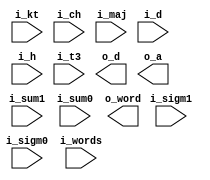
module sha_adder(i_kt, i_ch, i_sum1, i_sum0, i_sigm1, i_sigm0, i_maj, i_d, i_h, i_words, i_t3, o_d, o_a, o_word);
    parameter SKIP_REORDER = 0;
    input [31:0] i_t3;
    input [31:0] i_kt;
    input [31:0] i_ch;
    input [31:0] i_sum1;
    input [31:0] i_sum0;
    input [31:0] i_sigm1;
    input [31:0] i_sigm0;
    input [31:0] i_maj;
    input [31:0] i_d;
    input [31:0] i_h;
    input [511:0] i_words;
    output [31:0] o_d;
    output [31:0] o_a;
    output [31:0] o_word;

    `ifdef REORDER
    /* use precalculation for T3 */
        
        `ifdef RTL_ADD
            /* t3 is precalculated */

            assign o_d = i_d + i_sum1 + i_ch + i_t3;
            assign o_a = i_sum0 + i_maj + i_sum1 + i_ch + i_t3;

            assign o_word = i_sigm1+ i_words[`IDX32(6)]+ i_sigm0 + i_words[`IDX32(15)];
        `endif

    `ifdef ALTERA_PAR_MF
        par_add_4	par_add_4_inst (
                                    .data0x (i_d),
                                    .data1x (i_sum1),
                                    .data2x (i_ch),
                                    .data3x (i_t3),
                                    .result (o_d)
                                    );

        par_add_6	par_add_6_inst (
                                    .data0x (i_sum0),
                                    .data1x (i_maj),
                                    .data2x (i_sum1),
                                    .data3x (i_ch),
                                    .data4x (i_t3),
                                    .data5x (32'd0),
                                    .result (o_a)
                                    );

        par_add_4	par_add_42_inst (
                                    .data0x (i_sigm1),
                                    .data1x (i_words[`IDX32(6)]),
                                    .data2x (i_sigm0),
                                    .data3x (i_words[`IDX32(15)]),
                                    .result (o_word)
                                    );
    `endif

    `ifdef CSATREE_ADD
        wire [31:0] o_cn1, o_cn2, o_cn3, o_sn1, o_sn2, o_sn3;
        
        reduce7to2_nbit #(32) inst1(i_sum0, i_maj, i_sum1, i_ch, i_t3, 32'd0, 32'd0, o_cn2, o_sn2); // o_a
        reduce7to2_nbit #(32) inst2(i_d, i_sum1, i_ch, i_t3, 32'd0, 32'd0, 32'd0, o_cn1, o_sn1);    // o_d
        reduce7to2_nbit #(32) inst3(i_sigm1, i_words[`IDX32(6)], i_sigm0, i_words[`IDX32(15)], 32'd0, 32'd0, 32'd0, o_cn3, o_sn3); //o_word

        assign o_a = o_cn2 + o_sn2;
        assign o_d = o_cn1 + o_sn1;
        assign o_word = o_cn3 + o_sn3;

    `endif

    `ifdef SIMPLE_ADD

        wire carryo1, carryo2, carryo3, carryo4, carryo5, carryo6, carryo8, carryo9, carryo10, carryo11, carryo12;
        wire [31:0] adder_wire_d_sum1, adder_wire_ch_t3, add_ch_t3_maj_sum0, adder_wire_word_1, adder_wire_word_2, addw_maj_sum0;

        adder_32b_param st1_kt_ch (i_d, i_sum1, 1'b0, carryo1, adder_wire_d_sum1);
        adder_32b_param st1_sum_wt (i_ch, i_t3, 1'b0, carryo2, adder_wire_ch_t3);
        adder_32b_param st2_maj_sum0 (i_maj, i_sum0, 1'b0, carryo11, addw_maj_sum0);

        adder_32b_param st2_maj_sum1 (adder_wire_ch_t3, addw_maj_sum0, 1'b0, carryo11, add_ch_t3_maj_sum0);
        adder_32b_param st2_maj_sum2 (add_ch_t3_maj_sum0, i_sum0, 1'b0, carryo11, o_a);

        adder_32b_param st2_all (adder_wire_ch_t3, adder_wire_d_sum1, 1'b0, carryo5, o_d);

        adder_32b_param inst_word_sigm1_rx_word (i_sigm1, i_words[`IDX32(6)], 1'b0, carryo8, adder_wire_word_1);
        adder_32b_param inst_word_prev_sigm0 (adder_wire_word_1, i_sigm0, 1'b0, carryo9, adder_wire_word_2);
        adder_32b_param inst_word_prev_words (adder_wire_word_2, i_words[`IDX32(15)], 1'b0, carryo10, o_word);	

    `endif
    `else
        `ifdef MULTI_REORDER
            generate if (SKIP_REORDER==0) begin
                            `ifdef RTL_ADD
                                /* t3 is precalculated */

                                assign o_d = i_d + i_sum1 + i_ch + i_t3;
                                assign o_a = i_sum0 + i_maj + i_sum1 + i_ch + i_t3;

                                assign o_word = i_sigm1+ i_words[`IDX32(6)]+ i_sigm0 + i_words[`IDX32(15)];
                            `endif

                            `ifdef ALTERA_PAR_MF
                                par_add_4	par_add_4_inst (
                                                            .data0x (i_d),
                                                            .data1x (i_sum1),
                                                            .data2x (i_ch),
                                                            .data3x (i_t3),
                                                            .result (o_d)
                                                            );

                                par_add_6	par_add_6_inst (
                                                            .data0x (i_sum0),
                                                            .data1x (i_maj),
                                                            .data2x (i_sum1),
                                                            .data3x (i_ch),
                                                            .data4x (i_t3),
                                                            .data5x (32'd0),
                                                            .result (o_a)
                                                            );

                                par_add_4	par_add_42_inst (
                                                            .data0x (i_sigm1),
                                                            .data1x (i_words[`IDX32(6)]),
                                                            .data2x (i_sigm0),
                                                            .data3x (i_words[`IDX32(15)]),
                                                            .result (o_word)
                                                            );
                            `endif

                            `ifdef CSATREE_ADD
                                wire [31:0] o_cn1, o_cn2, o_cn3, o_sn1, o_sn2, o_sn3;
                                
                                reduce7to2_nbit #(32) inst1(i_sum0, i_maj, i_sum1, i_ch, i_t3, 32'd0, 32'd0, o_cn2, o_sn2); // o_a
                                reduce7to2_nbit #(32) inst2(i_d, i_sum1, i_ch, i_t3, 32'd0, 32'd0, 32'd0, o_cn1, o_sn1);    // o_d
                                reduce7to2_nbit #(32) inst3(i_sigm1, i_words[`IDX32(6)], i_sigm0, i_words[`IDX32(15)], 32'd0, 32'd0, 32'd0, o_cn3, o_sn3); //o_word

                                assign o_a = o_cn2 + o_sn2;
                                assign o_d = o_cn1 + o_sn1;
                                assign o_word = o_cn3 + o_sn3;

                            `endif
            end else begin
                                                    `ifdef RTL_ADD
                                                        assign o_a = i_h + i_sum1 + i_ch + i_kt + i_words[`IDX32(15)] + i_sum0 + i_maj;
                                                        assign o_d = i_h + i_sum1 + i_ch + i_kt + i_words[`IDX32(15)] + i_d;
                                                        assign o_word = i_sigm1+ i_words[`IDX32(6)]+ i_sigm0+ i_words[`IDX32(15)];
                                                    `endif

                                                    `ifdef CSATREE_ADD
                                                        wire [31:0] o_cn1, o_cn2, o_cn3, o_sn1, o_sn2, o_sn3;
                                                        `ifdef MIXED_CSA
                                                        
                                                            reduce5to2_nbit #(32) inst1(i_h, i_sum1, i_ch, i_kt, i_words[`IDX32(15)], o_cn1, o_sn1);
                                                            reduce4to2_nbit #(32) inst3(i_sigm1, i_words[`IDX32(6)], i_sigm0, i_words[`IDX32(15)], o_cn3, o_sn3);
                                                            assign o_a = o_cn1 + o_sn1 + i_sum0 + i_maj;
                                                            assign o_d = o_cn1 + o_sn1 + i_d;
                                                            assign o_word = o_cn3 + o_sn3;

                                                        `else
                                                            reduce7to2_nbit #(32) inst1(i_h, i_sum1, i_ch, i_kt, i_words[`IDX32(15)], i_d, 32'd0, o_cn2, o_sn2);
                                                            reduce7to2_nbit #(32) inst2(i_h, i_sum1, i_ch, i_kt, i_words[`IDX32(15)], i_sum0, i_maj, o_cn1, o_sn1);
                                                            reduce7to2_nbit #(32) inst3(i_sigm1, i_words[`IDX32(6)], i_sigm0, i_words[`IDX32(15)], 32'd0, 32'd0, 32'd0, o_cn3, o_sn3);

                                                            assign o_a = o_cn2 + o_sn2;
                                                            assign o_d = o_cn1 + o_sn1;
                                                            assign o_word = o_cn3 + o_sn3;
                                                        `endif
                                                    `endif

                                                    `ifdef ALTERA_PAR_MF
                                                        par_add_6	par_add_6_inst (
                                                                                    .data0x (i_kt),
                                                                                    .data1x (i_ch),
                                                                                    .data2x (i_sum1),
                                                                                    .data3x (i_words[`IDX32(15)]),
                                                                                    .data4x (i_h),
                                                                                    .data5x (i_d),
                                                                                    .result (o_d)
                                                                                    );

                                                        par_add_7	par_add_7_inst (
                                                                                    .data0x (i_kt),
                                                                                    .data1x (i_ch),
                                                                                    .data2x (i_sum1),
                                                                                    .data3x (i_words[`IDX32(15)]),
                                                                                    .data4x (i_h),
                                                                                    .data5x (i_maj),
                                                                                    .data6x (i_sigm0),
                                                                                    .result (o_a)
                                                                                    );

                                                        par_add_4	par_add_4_inst (
                                                                                    .data0x (i_sigm1),
                                                                                    .data1x (i_words[`IDX32(6)]),
                                                                                    .data2x (i_sigm0),
                                                                                    .data3x (i_words[`IDX32(15)]),
                                                                                    .result (o_word)
                                                                                    );
                                                    `endif
            end
            endgenerate

        `else

    /* straight forward solution */


    `ifdef SIMPLE_ADD

        wire carryo1, carryo2, carryo3, carryo4, carryo5, carryo6, carryo8, carryo9, carryo10, carryo11, carryo12;
        wire [31:0] adder_wire_kt_ch, adder_wire_sum_wt, adder_wire_d_h, adder_wire_sum_wt_kt_ch, adder_wire_word_1, adder_wire_word_2, addw_sum_wt_kt_ch_h, addw_maj_sum0;

        adder_32b_param st1_kt_ch (i_kt, i_ch, 1'b0, carryo1, adder_wire_kt_ch);
        adder_32b_param st1_sum_wt (i_sum1, i_words[`IDX32(15)], 1'b0, carryo2, adder_wire_sum_wt);
        adder_32b_param st1_d_h (i_d, i_h, 1'b0, carryo3, adder_wire_d_h);

        adder_32b_param st2_sum_wt_kt_ch (adder_wire_kt_ch, adder_wire_sum_wt, 1'b0, carryo4, adder_wire_sum_wt_kt_ch);
        adder_32b_param st2_all (adder_wire_sum_wt_kt_ch, adder_wire_d_h, 1'b0, carryo5, o_d);

        adder_32b_param st2_a (adder_wire_sum_wt_kt_ch, i_h, 1'b0, carryo6, addw_sum_wt_kt_ch_h);

        adder_32b_param st2_maj_sum0 (i_maj, i_sum0, 1'b0, carryo11, addw_maj_sum0);
        adder_32b_param st2_alla(addw_maj_sum0, addw_sum_wt_kt_ch_h, 1'b0, carryo12, o_a);

        adder_32b_param inst_word_sigm1_rx_word (i_sigm1, i_words[`IDX32(6)], 1'b0, carryo8, adder_wire_word_1);
        adder_32b_param inst_word_prev_sigm0 (adder_wire_word_1, i_sigm0, 1'b0, carryo9, adder_wire_word_2);
        adder_32b_param inst_word_prev_words (adder_wire_word_2, i_words[`IDX32(15)], 1'b0, carryo10, o_word);	

    `endif

    `ifdef RTL_ADD
        assign o_a = i_h + i_sum1 + i_ch + i_kt + i_words[`IDX32(15)] + i_sum0 + i_maj;
        assign o_d = i_h + i_sum1 + i_ch + i_kt + i_words[`IDX32(15)] + i_d;
        assign o_word = i_sigm1+ i_words[`IDX32(6)]+ i_sigm0+ i_words[`IDX32(15)];
    `endif

    `ifdef CSATREE_ADD
        wire [31:0] o_cn1, o_cn2, o_cn3, o_sn1, o_sn2, o_sn3;
        `ifdef MIXED_CSA
        
            reduce5to2_nbit #(32) inst1(i_h, i_sum1, i_ch, i_kt, i_words[`IDX32(15)], o_cn1, o_sn1);
            reduce4to2_nbit #(32) inst3(i_sigm1, i_words[`IDX32(6)], i_sigm0, i_words[`IDX32(15)], o_cn3, o_sn3);
            assign o_a = o_cn1 + o_sn1 + i_sum0 + i_maj;
            assign o_d = o_cn1 + o_sn1 + i_d;
            assign o_word = o_cn3 + o_sn3;

        `else
            reduce7to2_nbit #(32) inst1(i_h, i_sum1, i_ch, i_kt, i_words[`IDX32(15)], i_d, 32'd0, o_cn2, o_sn2);
            reduce7to2_nbit #(32) inst2(i_h, i_sum1, i_ch, i_kt, i_words[`IDX32(15)], i_sum0, i_maj, o_cn1, o_sn1);
            reduce7to2_nbit #(32) inst3(i_sigm1, i_words[`IDX32(6)], i_sigm0, i_words[`IDX32(15)], 32'd0, 32'd0, 32'd0, o_cn3, o_sn3);

            assign o_a = o_cn2 + o_sn2;
            assign o_d = o_cn1 + o_sn1;
            assign o_word = o_cn3 + o_sn3;
        `endif
    `endif

    `ifdef ALTERA_PAR_MF
        par_add_6	par_add_6_inst (
                                    .data0x (i_kt),
                                    .data1x (i_ch),
                                    .data2x (i_sum1),
                                    .data3x (i_words[`IDX32(15)]),
                                    .data4x (i_h),
                                    .data5x (i_d),
                                    .result (o_d)
                                    );

        par_add_7	par_add_7_inst (
                                    .data0x (i_kt),
                                    .data1x (i_ch),
                                    .data2x (i_sum1),
                                    .data3x (i_words[`IDX32(15)]),
                                    .data4x (i_h),
                                    .data5x (i_maj),
                                    .data6x (i_sigm0),
                                    .result (o_a)
                                    );

        par_add_4	par_add_4_inst (
                                    .data0x (i_sigm1),
                                    .data1x (i_words[`IDX32(6)]),
                                    .data2x (i_sigm0),
                                    .data3x (i_words[`IDX32(15)]),
                                    .result (o_word)
                                    );
    `endif
    `endif
    `endif
    

endmodule